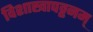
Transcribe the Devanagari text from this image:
विशाखापट्टनम्